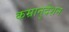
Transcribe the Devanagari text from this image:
कम्रानुदेशन